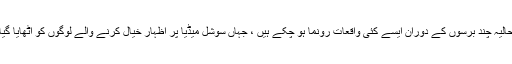
حالیہ چند برسوں کے دوران ایسے کئی واقعات رونما ہو چکے ہیں ، جہاں سوشل میڈیا پر اظہار خیال کرنے والے لوگوں کو اٹھایا گیا۔